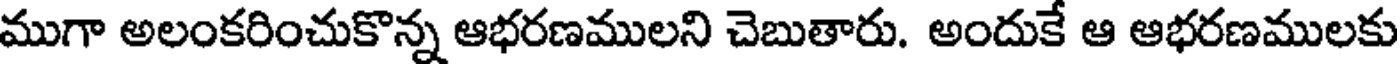
ముగా అలంకరించుకొన్న ఆభరణములని చెబుతారు. అందుకే ఆ ఆభరణములకు